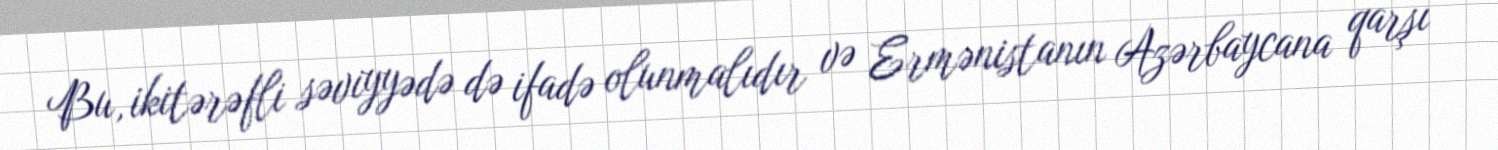
Bu, ikitərəfli səviyyədə də ifadə olunmalıdır və Ermənistanın Azərbaycana qarşı